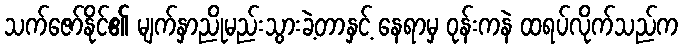
သက်ဇော်နိုင်၏ မျက်နှာညိုမည်းသွားခဲ့တာနှင့် နေရာမှ ဝုန်းကနဲ ထရပ်လိုက်သည်က